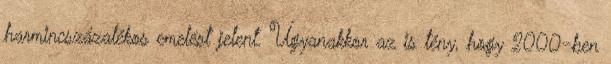
harmincszázalékos emelést jelent. Ugyanakkor az is tény, hogy 2000-ben